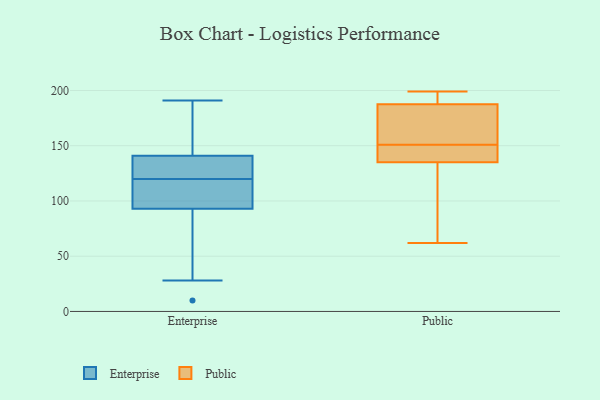
{"axis": {"x": "Waste Production (Tons)", "y": "Value"}, "legend": ["Enterprise", "Public"], "data": [{"x": "", "y": 116, "type": "Enterprise"}, {"x": "", "y": 93, "type": "Enterprise"}, {"x": "", "y": 141, "type": "Enterprise"}, {"x": "", "y": 74, "type": "Enterprise"}, {"x": "", "y": 55, "type": "Enterprise"}, {"x": "", "y": 94, "type": "Enterprise"}, {"x": "", "y": 28, "type": "Enterprise"}, {"x": "", "y": 96, "type": "Enterprise"}, {"x": "", "y": 113, "type": "Enterprise"}, {"x": "", "y": 135, "type": "Enterprise"}, {"x": "", "y": 10, "type": "Enterprise"}, {"x": "", "y": 188, "type": "Enterprise"}, {"x": "", "y": 165, "type": "Enterprise"}, {"x": "", "y": 124, "type": "Enterprise"}, {"x": "", "y": 191, "type": "Enterprise"}, {"x": "", "y": 129, "type": "Enterprise"}, {"x": "", "y": 144, "type": "Enterprise"}, {"x": "", "y": 140, "type": "Enterprise"}, {"x": "", "y": 100, "type": "Public"}, {"x": "", "y": 168, "type": "Public"}, {"x": "", "y": 192, "type": "Public"}, {"x": "", "y": 114, "type": "Public"}, {"x": "", "y": 147, "type": "Public"}, {"x": "", "y": 193, "type": "Public"}, {"x": "", "y": 62, "type": "Public"}, {"x": "", "y": 199, "type": "Public"}, {"x": "", "y": 145, "type": "Public"}, {"x": "", "y": 186, "type": "Public"}, {"x": "", "y": 175, "type": "Public"}, {"x": "", "y": 142, "type": "Public"}, {"x": "", "y": 151, "type": "Public"}]}